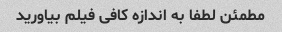
مطمئن لطفا به اندازه کافی فیلم بیاورید